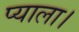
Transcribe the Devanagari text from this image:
प्याला।